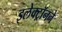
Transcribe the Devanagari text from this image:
इलेक्ट्रॉनने